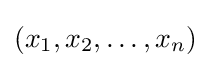
\left(x_{1},x_{2},\dots ,x_{n}\right)